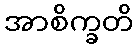
အာစိက္ခတိ